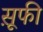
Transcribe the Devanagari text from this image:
स़ूफी